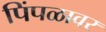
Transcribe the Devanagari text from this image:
पिंपळावर